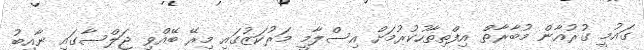
ގައުމީ ގުރުއާން މުބާރާތް އިފްތިތާހުކުރުމަށް އިސްލާމީ މަރުކަޒުގައި މިރޭ ބޭއްވި ޖަލްސާގައި ނާއިބު